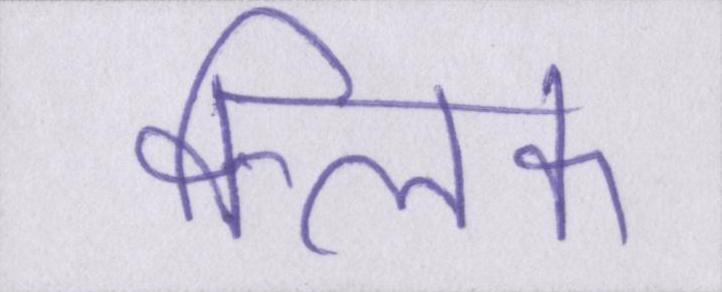
क्लिक